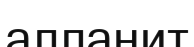
алланит